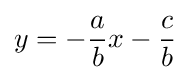
y=-{\frac {a}{b}}x-{\frac {c}{b}}